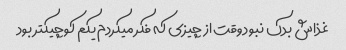
غذاش بدک نبود وقت از چیزی که فکر میکردم یکم کوچیکتر بود